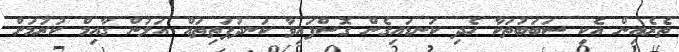
ތެރެއިން އެކި ސަބަބުތަކާ ހެދި ކަނޑައިގެން ގޮސްފައިވާ ކަނދުފަތިތައް އަލުން ގާއިމް ކުރުމަށް